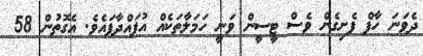
ދެވަނަ ހާފް ފެށިގެން ވެސް ޓީސީން ވަނީ ހަމަލާތަކެއް އުފައްދާފައެވެ. އެގޮތުން 58